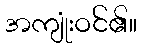
အကျုံးဝင်၏။